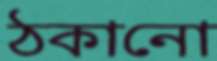
ঠকানো